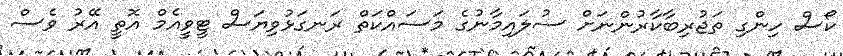
ކޯސް ހިންގި ތަޖުރިބާކާރުންނަށް ސުލައިމާނުގެ މަސައްކަތް ރަނގަޅުވިޔަސް ޓީވީއެމް އޮތީ އޭރު ވެސް